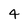
Character: 4